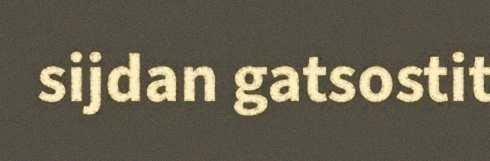
sijdan gatsostit